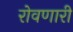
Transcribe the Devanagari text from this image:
रोवणारी